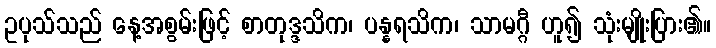
ဥပုသ်သည် နေ့အစွမ်းဖြင့် စာတုဒ္ဒသိက၊ ပန္နရသိက၊ သာမဂ္ဂီ ဟူ၍ သုံးမျိုးပြား၏။